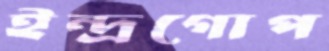
ইন্দ্রগোপ